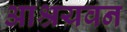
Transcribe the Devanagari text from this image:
आश्रयवन